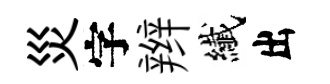
災字辫纎出